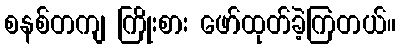
စနစ်တကျ ကြိုးစား ဖော်ထုတ်ခဲ့ကြတယ်။